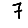
Digit: 7